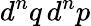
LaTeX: d^{n}q\, d^{n}p